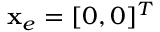
\mathbf { x } _ { e } = [ 0 , 0 ] ^ { T }